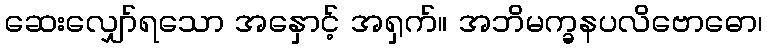
ဆေးလျှော်ရသော အနှောင့် အရှက်။ အဘိမက္ခနပလိဗောဓော၊